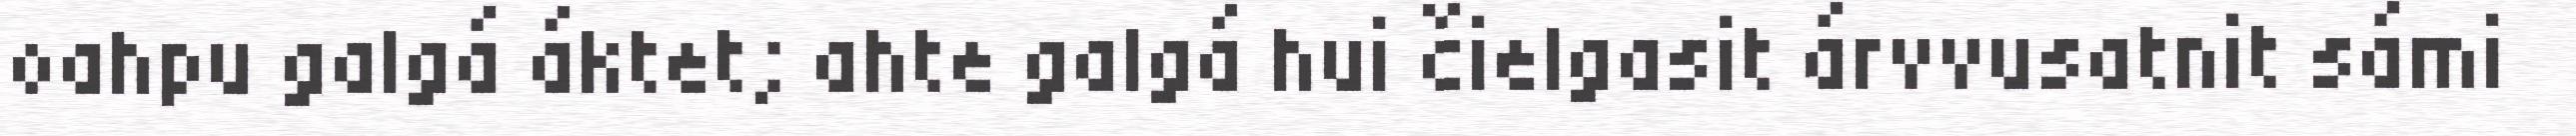
oahpu galgá áktet; ahte galgá hui čielgasit árvvusatnit sámi